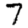
Digit: 7